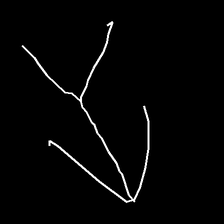
Glyph: gather